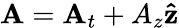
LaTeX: \mathbf{A}=\mathbf{A}_{t}+A_{z}\mathbf{\hat{z}}